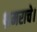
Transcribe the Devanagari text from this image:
भ्रमराचे।